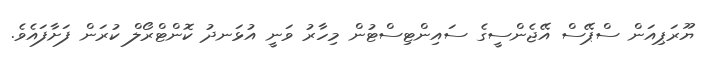
ޔޫރަޕިއަން ސްޕޭސް އޭޖެންސީގެ ސައިންޓިސްޓުން މިހާރު ވަނީ އުޅަނދު ކޮންޓްރޯލް ކުރަން ފަށާފައެވެ.